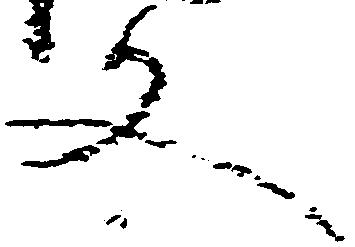
文